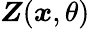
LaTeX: \boldsymbol{Z}(\boldsymbol{x},\theta)